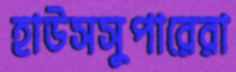
হাউসসুপারেরা